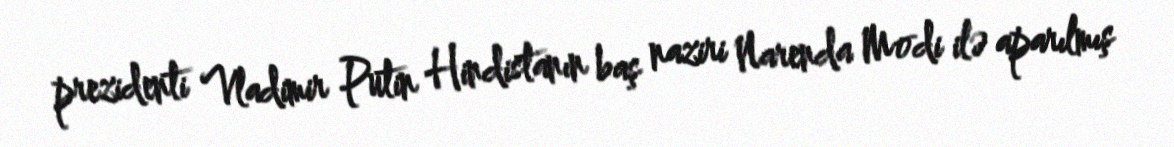
prezidenti Vladimir Putin Hindistanın baş naziri Narenda Modi ilə aparılmış